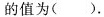
的值为()。